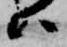
ハ